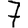
Digit: 7